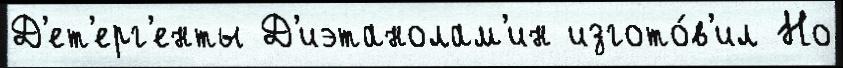
Д'ет'ерг'енты Д'иэтанолам'ин изгото́в'ил Но